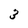
Character: 3